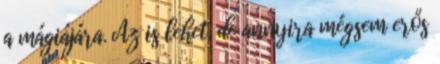
a mágiájára. Az is lehet, de annyira mégsem erős